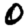
Digit: 0